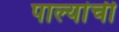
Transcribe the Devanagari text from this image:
पाल्यांची